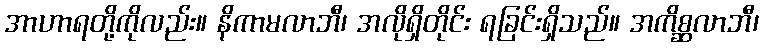
အာဟာရတို့ကိုလည်း။ နိကာမလာဘီ၊ အလိုရှိတိုင်း ရခြင်းရှိသည်။ အကိစ္ဆလာဘီ၊